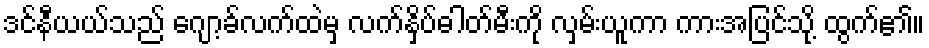
ဒင်နီယယ်သည် ဂျော့ခ်လက်ထဲမှ လက်နှိပ်ဓါတ်မီးကို လှမ်းယူကာ ကားအပြင်သို့ ထွက်၏။